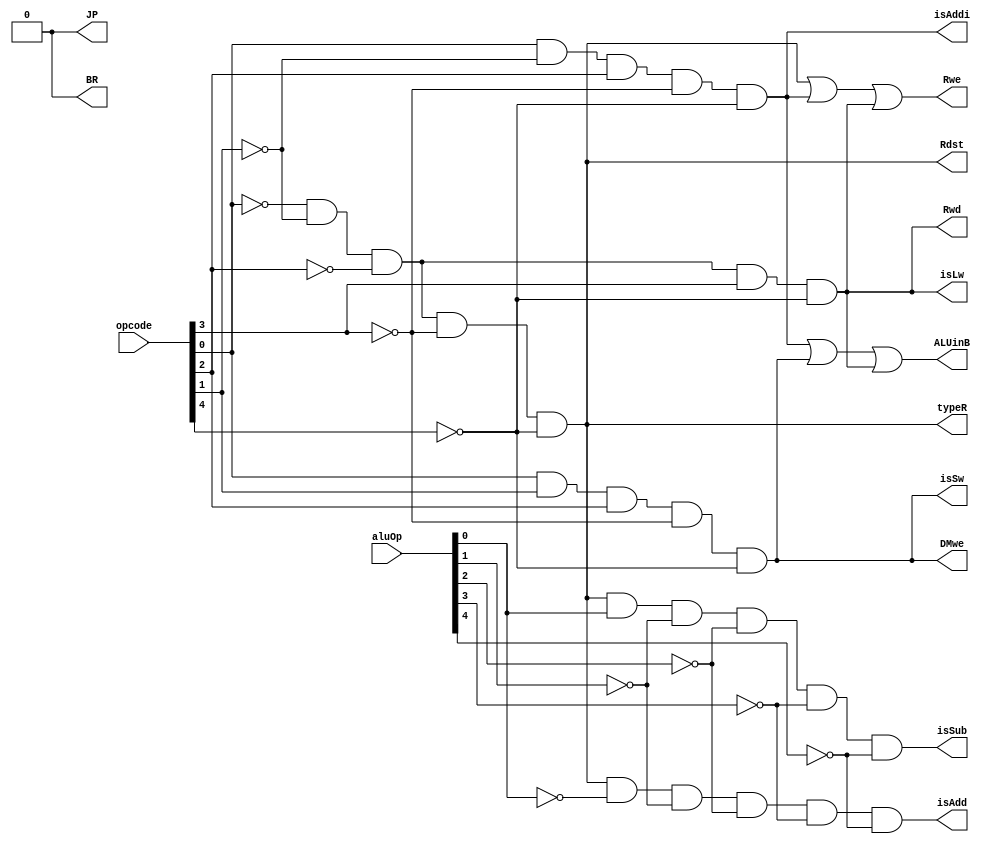
module control(opcode, aluOp, typeR, BR, JP, ALUinB, DMwe, Rwe, Rdst, Rwd, isSw, isAdd, isAddi, isSub, isLw);

	input [4:0] opcode, aluOp;
	output typeR, BR, JP, ALUinB, DMwe, Rwe, Rdst, Rwd, isSw, isAdd, isSub, isAddi, isLw;
	
	//Control Implementation Using Random Logic from our PPT Page 29
	and and1(typeR, ~opcode[0], ~opcode[1], ~opcode[2], ~opcode[3], ~opcode[4]);//00000
	and and2(isAddi, opcode[0], ~opcode[1], opcode[2], ~opcode[3], ~opcode[4]);//00101
	and and3(isSw, opcode[0], opcode[1], opcode[2], ~opcode[3], ~opcode[4]);//00111
	and and4(isLw, ~opcode[0], ~opcode[1], ~opcode[2], opcode[3], ~opcode[4]);//01000
	and and7(isAdd, typeR, ~aluOp[0], ~aluOp[1], ~aluOp[2], ~aluOp[3], ~aluOp[4]);//00000
	and and8(isSub, typeR, aluOp[0], ~aluOp[1], ~aluOp[2], ~aluOp[3], ~aluOp[4]);//00001
	
	//this checkpoint doesn't need BR and JP, but they will be needed later
	assign BR = 1'b0;
	assign JP = 1'b0;
	
	or or1(ALUinB, isAddi, isSw, isLw);
	assign DMwe = isSw;
	or or2(Rwe, typeR, isAddi, isLw);
	assign Rdst = typeR;
	assign Rwd = isLw;
	
endmodule